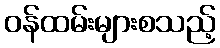
ဝန်ထမ်းများစသည့်